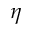
\eta